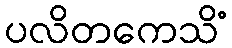
ပလိတကေသိံ